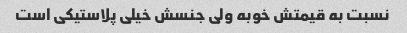
نسبت به قیمتش خوبه ولی جنسش خیلی پلاستیکی است